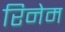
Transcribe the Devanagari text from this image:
रिनेम